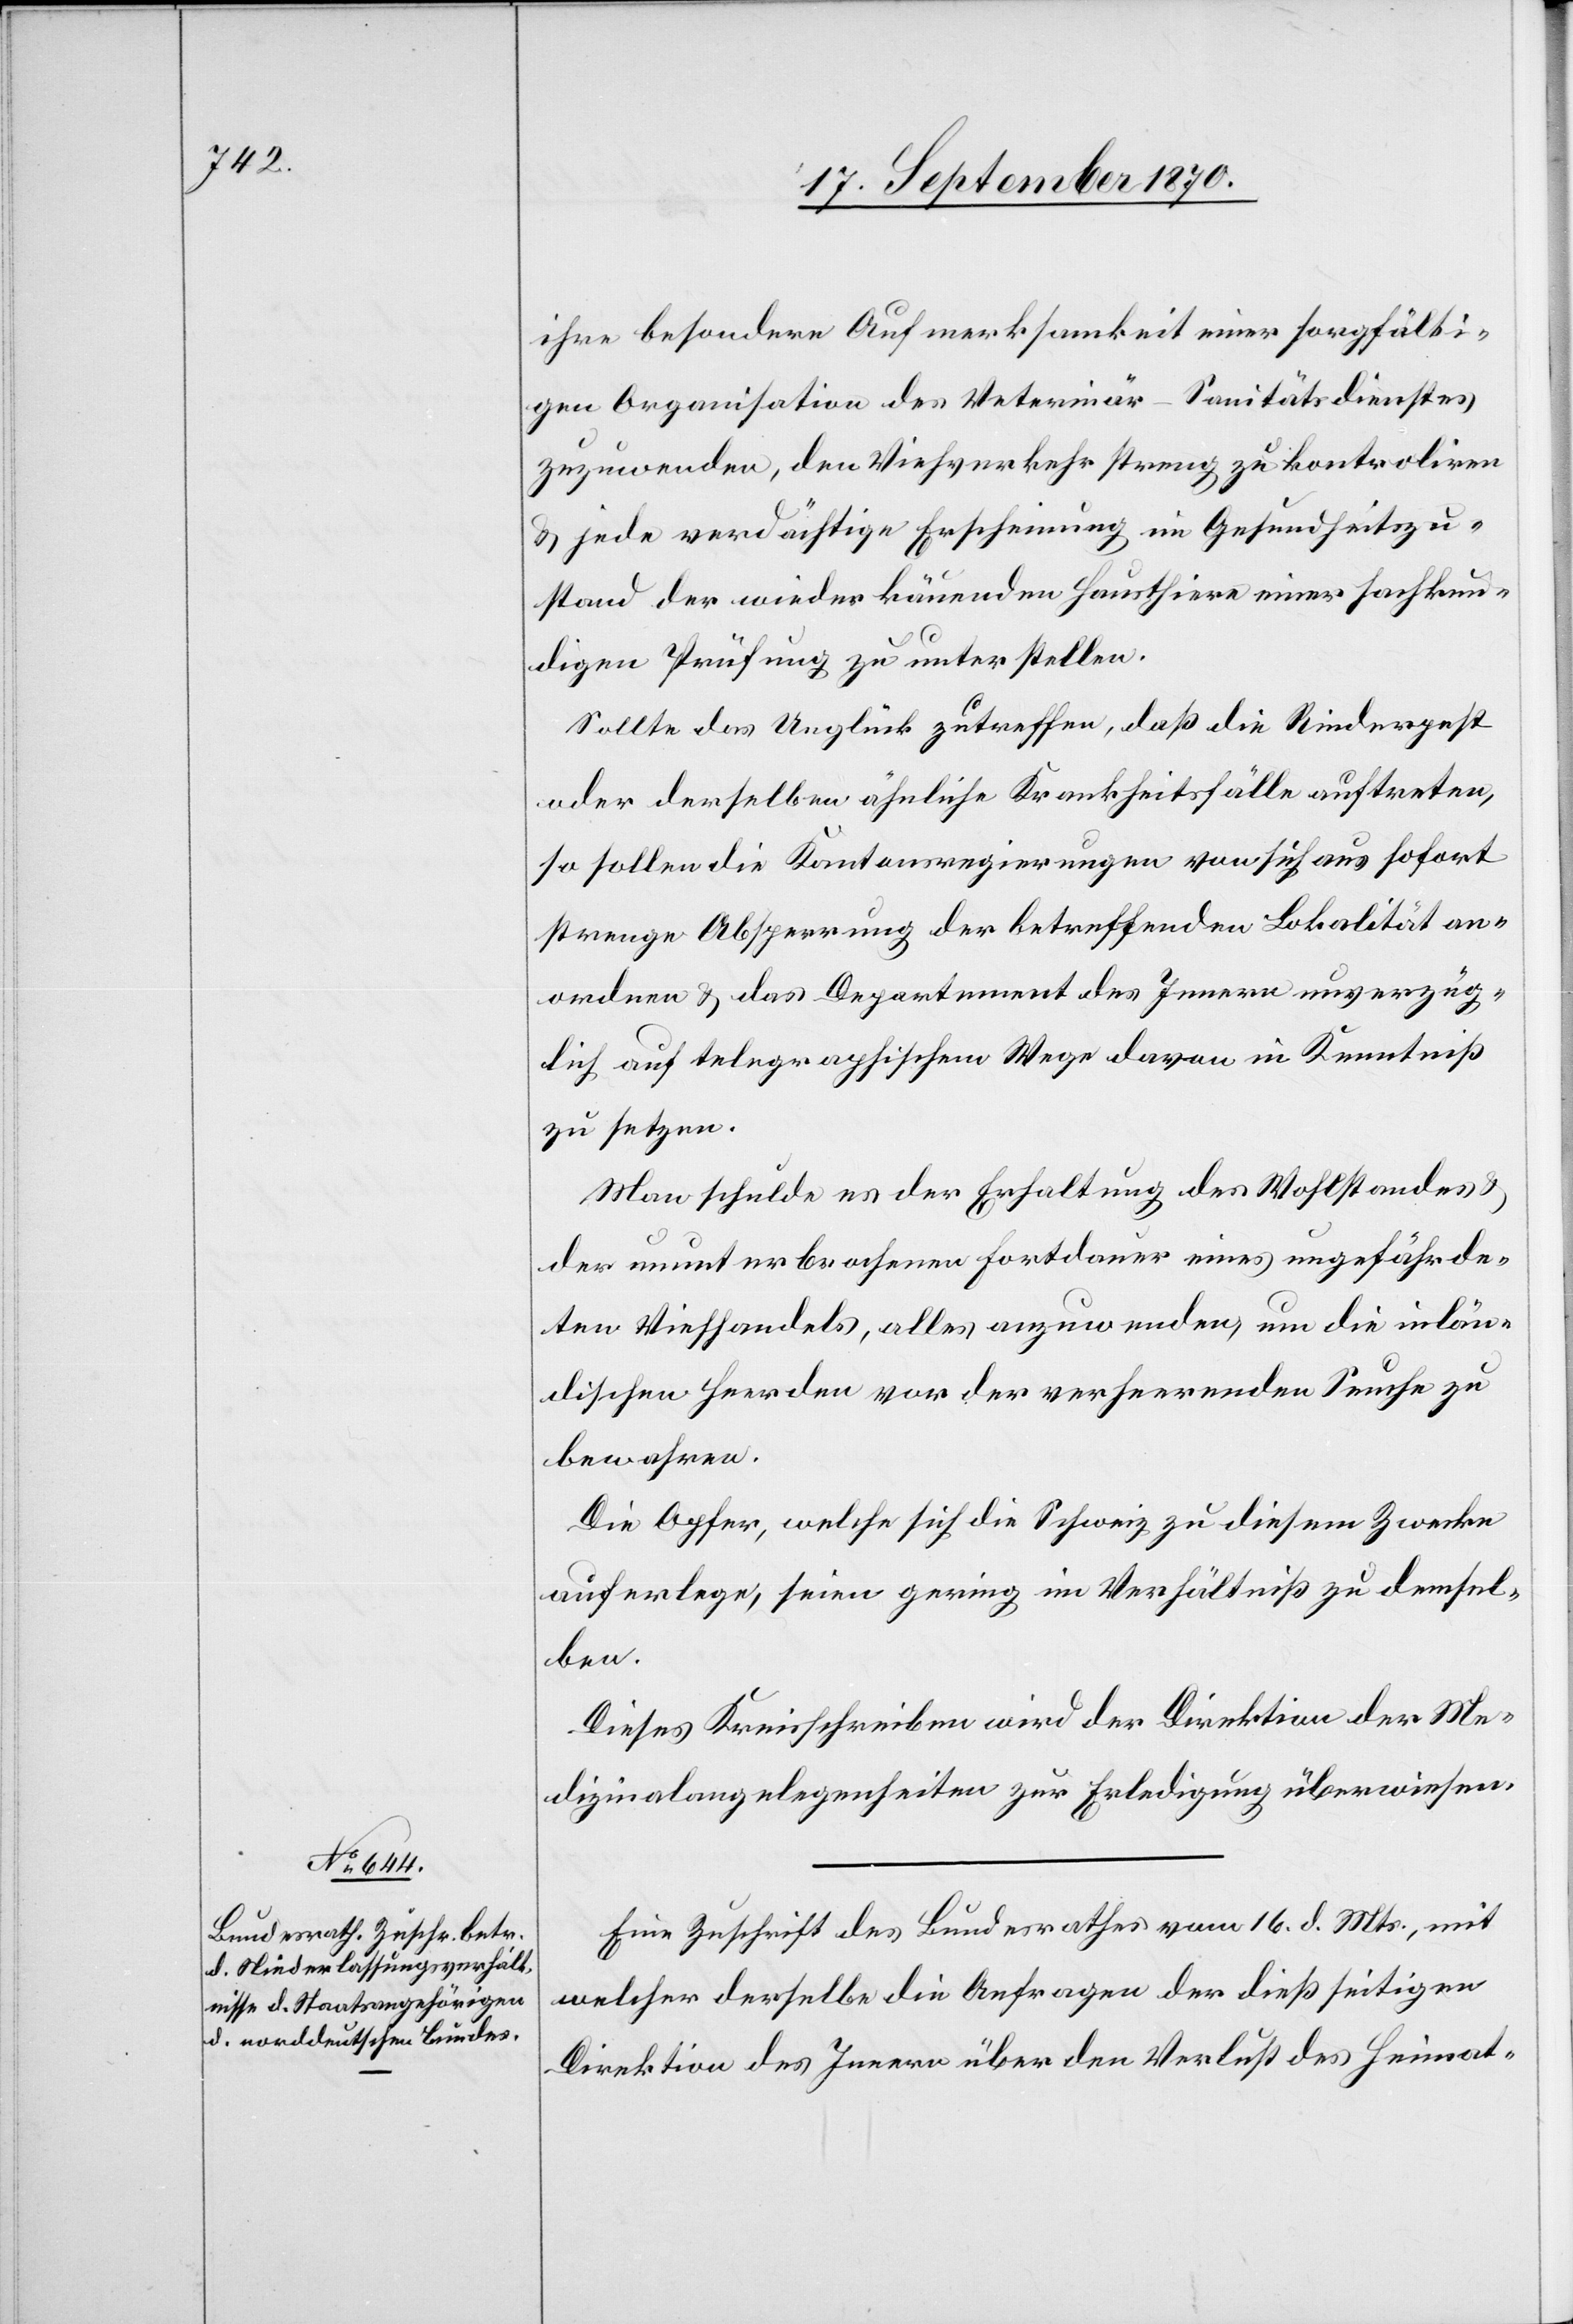
18. September 1870.]
ihre besondere Aufmerksamkeit einer sorgfälti¬
gen Organisation des Veterinär-Sanitätsdienstes
zuzuwenden, den Viehverkehr streng zu kontroliren
& jede verdächtige Erscheinung im Gesundheitszu¬
stand der wieder käuenden Hausthiere einer sachkun¬
digen Prüfung zu unterstellen.
Sollte das Unglück zutreffen, daß die Rinderpest
oder derselben ähnliche Krankheitsfälle auftreten,
so sollen die Kantonsregierungen von sich aus sofort
strenge Absperrung der betreffenden Lokalität an¬
ordnen & das Departement des Innern unverzüg¬
lich auf telegraphischem Wege davon in Kenntniß
zu setzen
Man schulde es der Erhaltung des Wohlstandes &
der ununterbrochenen Fortdauer eines ungefährde¬
ten Viehhandels, alles anzuwenden, um die inlän¬
dischen Heerden vor der verheerenden Seuche zu
bewahren.
Die Opfer, welche sich die Schweiz zu diesem Zwecke
auferlege, seien gering im Verhältniß zu demsel¬
ben.
Dieses Kreisschreiben wird der Direktion der Me¬
dizinalangelegenheiten zur Erledigung überwiesen.
Eine Zuschrift des Bundesrathes vom 16. d. Mts., mit
welcher derselbe die Anfragen der dießseitigen
Direktion des Innern über den Verlust des Heimat-